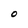
Character: O